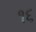
૧૬